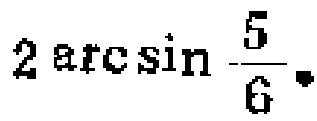
$2\arcsin\frac{5}{6}$